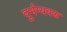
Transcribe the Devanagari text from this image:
दुर्भग्यवश